Insane asylums in Bengal annual reports 1876-1887 - 1876-1887
Year: 1876
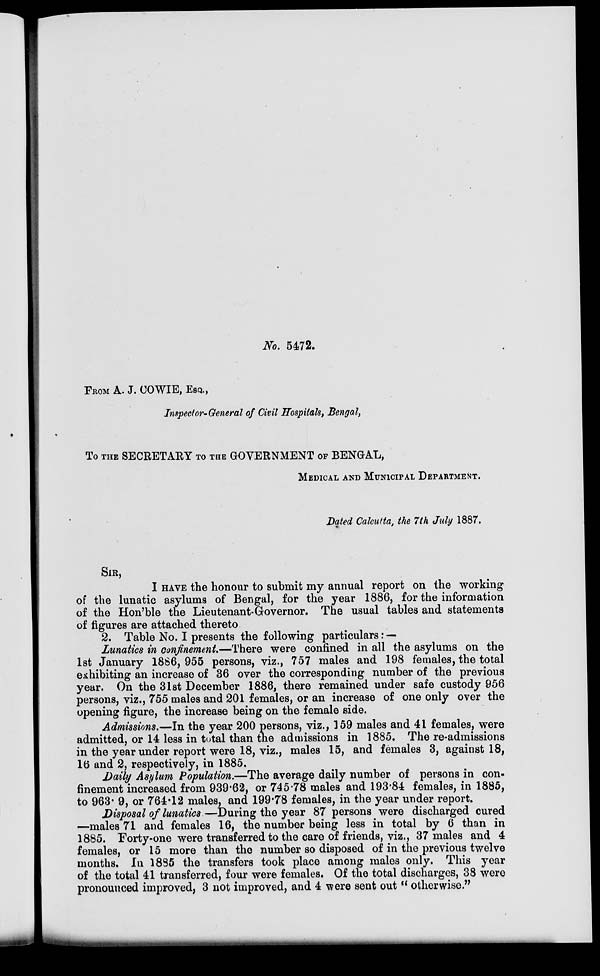
No. 5472.
FROM A. J. COWIE, ESO.,
Inspect or-General of Civil Hospitals, Bengal,
To THE SECRETAEY TO THE GOVERNMENT OF BENGAL,
MEDICAL AND MUNICIPAL DEPARTMENT.
Dated Calcutta, the 7th July 1887.
SIR,
I HAVE the honour to submit my annual report on the working
of the lunatic asylums of Bengal, for the year 1886, for the information
of the Hon'ble the Lieutenant-Governor. The usual tables and statements
of figures are attached thereto.
2. Table No. I presents the following particulars: —
Lunatics in confinement—There were confined in all the asylums on the
1st January 1886, 955 persons, viz., 757 males and 198 females, the total
exhibiting an increase of 36 over the corresponding number of the previous
year. On the 31st December 1886, there remained under safe custody 956
persons, viz., 755 males and 201 females, or an increase of one only over the
opening figure, the increase being on the female side.
Admissions.—In the year 200 persons, viz., 159 males and 41 females, were
admitted, or 14 less in total than the admissions in 1885. The re-admissions
in the year under report were 18, viz., males 15, and females 3, against 18,
16 and 2, respectively, in 1885.
Daily Asylum Population.—The average daily number of persons in con-
finement increased from 939.62, or 745.78 males and 193.84 females, in 1885,
to 963. 9, or 764.12 males, and 199.78 females, in the year under report.
Disposal of lunatics —During the year 87 persons were discharged cured
—males 71 and females 16, the number being less in total by 6 than in
1885. Forty-one were transferred to the care of friends, viz., 37 males and 4
females, or 15 more than the number so disposed of in the previous twelve
months. In 1885 the transfers took place among males only. This year
of the total 41 transferred, four were females. Of the total discharges, 38 were
pronounced improved, 3 not improved, and 4 were sent out " otherwise."